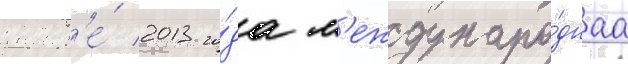
январ'е́ 2013 го́да м'еждунаро́днаа